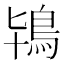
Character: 鴇